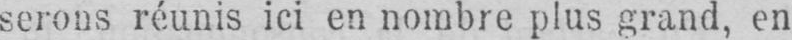
serons réunis ici en nombre plus grand, en